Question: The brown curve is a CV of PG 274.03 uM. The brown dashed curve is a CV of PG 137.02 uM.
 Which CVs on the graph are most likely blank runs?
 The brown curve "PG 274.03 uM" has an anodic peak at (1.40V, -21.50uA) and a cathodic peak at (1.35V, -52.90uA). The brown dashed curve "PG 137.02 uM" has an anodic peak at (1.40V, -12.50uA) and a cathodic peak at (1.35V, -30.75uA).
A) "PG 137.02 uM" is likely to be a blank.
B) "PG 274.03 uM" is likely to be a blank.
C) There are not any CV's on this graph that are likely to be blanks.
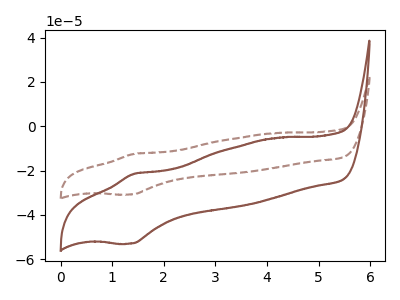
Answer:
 <answer>C) There are not any CV's on this graph that are likely to be blanks.</answer>
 <eval>C</eval>